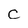
Character: c